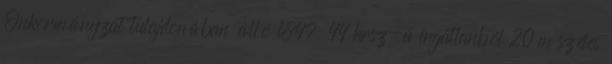
Önkormányzat tulajdonában álló 1847 44 hrsz-ú ingatlanból 20 m széles